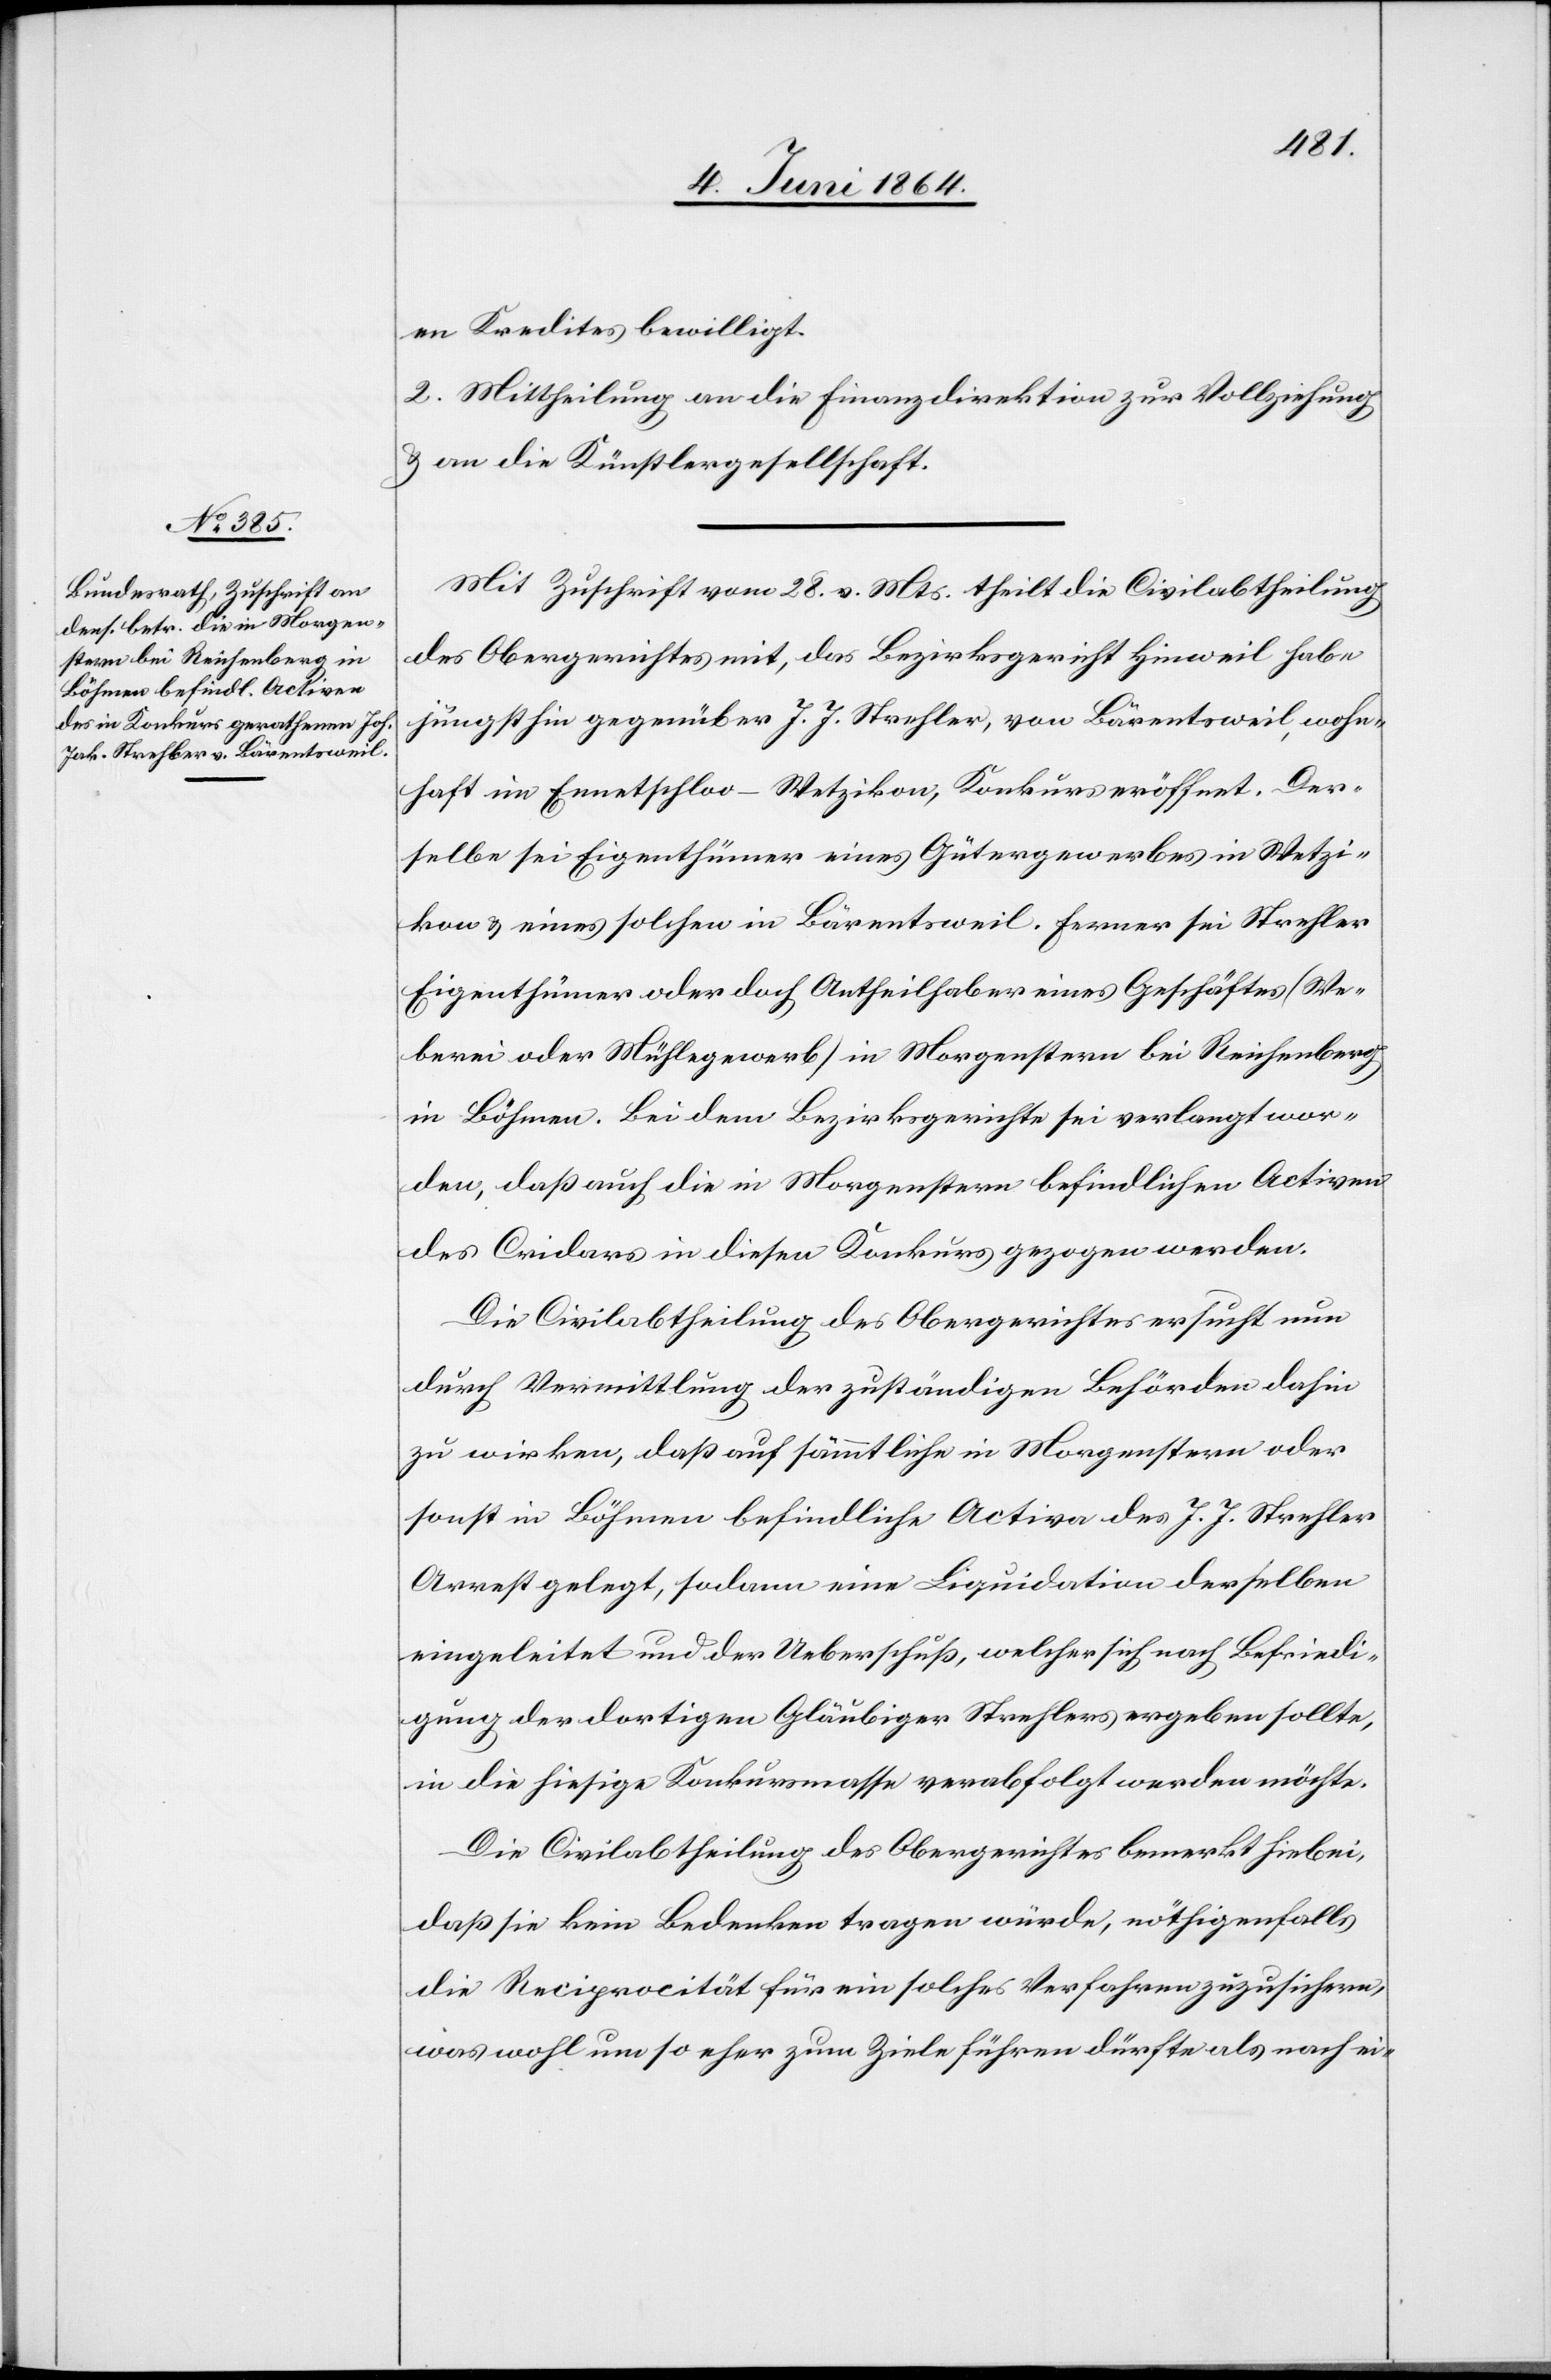
en Kredites bewilligt.
2. Mittheilung an die Finanzdirektion zur Vollziehung
u. an die Künstlergesellschaft.
Mit Zuschrift vom 28. v. Mts. theilt die Civilabtheilung
des Obergerichtes mit, das Bezirksgericht Hinweil habe
jüngsthin gegenüber J. J. Strehler, von Bärentsweil, wohn¬
haft im Ennetschloo – Wetzikon, Konkurs eröffnet. Der¬
selbe sei Eigenthümer eines Gütergewerbes in Wetzi¬
kon u. eines solchen in Bärentsweil. Ferner sei Strehler
Eigenthümer oder doch Antheilhaber eines Geschäftes (We¬
berei oder Mühlegewerb) in Morgenstern bei Reichenberg
in Böhmen. Bei dem Bezirksgerichte sei verlangt wor¬
den, daß auch die in Morgenstern befindlichen Activen
des Cridars in diesen Konkurs gezogen werden.
Die Civilabtheilung des Obergerichtes ersucht nun
durch Vermittlung der zuständigen Behörden dahin
zu wirken, daß auf sämmtliche in Morgenstern oder
sonst in Böhmen befindliche Activa des J. J. Strehler
Arrest gelegt, sodann eine Liquidation derselben
eingeleitet und der Ueberschuß, welcher sich nach Befriedi¬
gung der dortigen Gläubiger Strehlers ergeben sollte,
in die hiesige Konkursmasse verabfolgt werden möchte.
Die Civilabtheilung des Obergerichtes bemerkt hiebei,
daß sie kein Bedenken tragen würde, nöthigenfalls
die Reciprocität für ein solches Verfahren zuzusichern,
was wohl um so eher zum Ziele führen dürfte als nach ei-